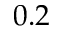
0 . 2